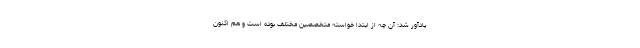
یادآور شد: آن چه از ابتدا خواسته متخصصین مختلف بوده است و هم اکنون